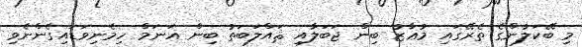
މި ބޭކަލުންގެ ތެރޭގައި މުޢާޒު ބިން ޖަބަލާއި ޘައްލަބަތު ބިން ޣަނަމް ހިމެނިވަޑައިގެންނެވި